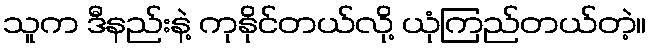
သူက ဒီနည်းနဲ့ ကုနိုင်တယ်လို့ ယုံကြည်တယ်တဲ့။